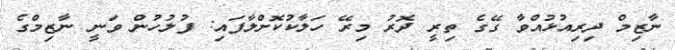
ނާޒިމް ދިރިއުޅުއްވާ ގޭގެ ތިރީ ދޮރު މިރޭ ހަލާކުކޮށްލާފައި: ފުލުހުން ވަނީ ނާޒިމްގެ